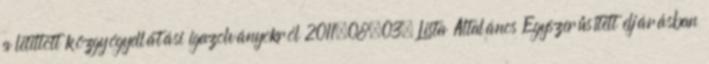
a letiltott közgyógyellátási igazolványokról 2011.08.03. Lista Általános Egyszerűsített eljárásban